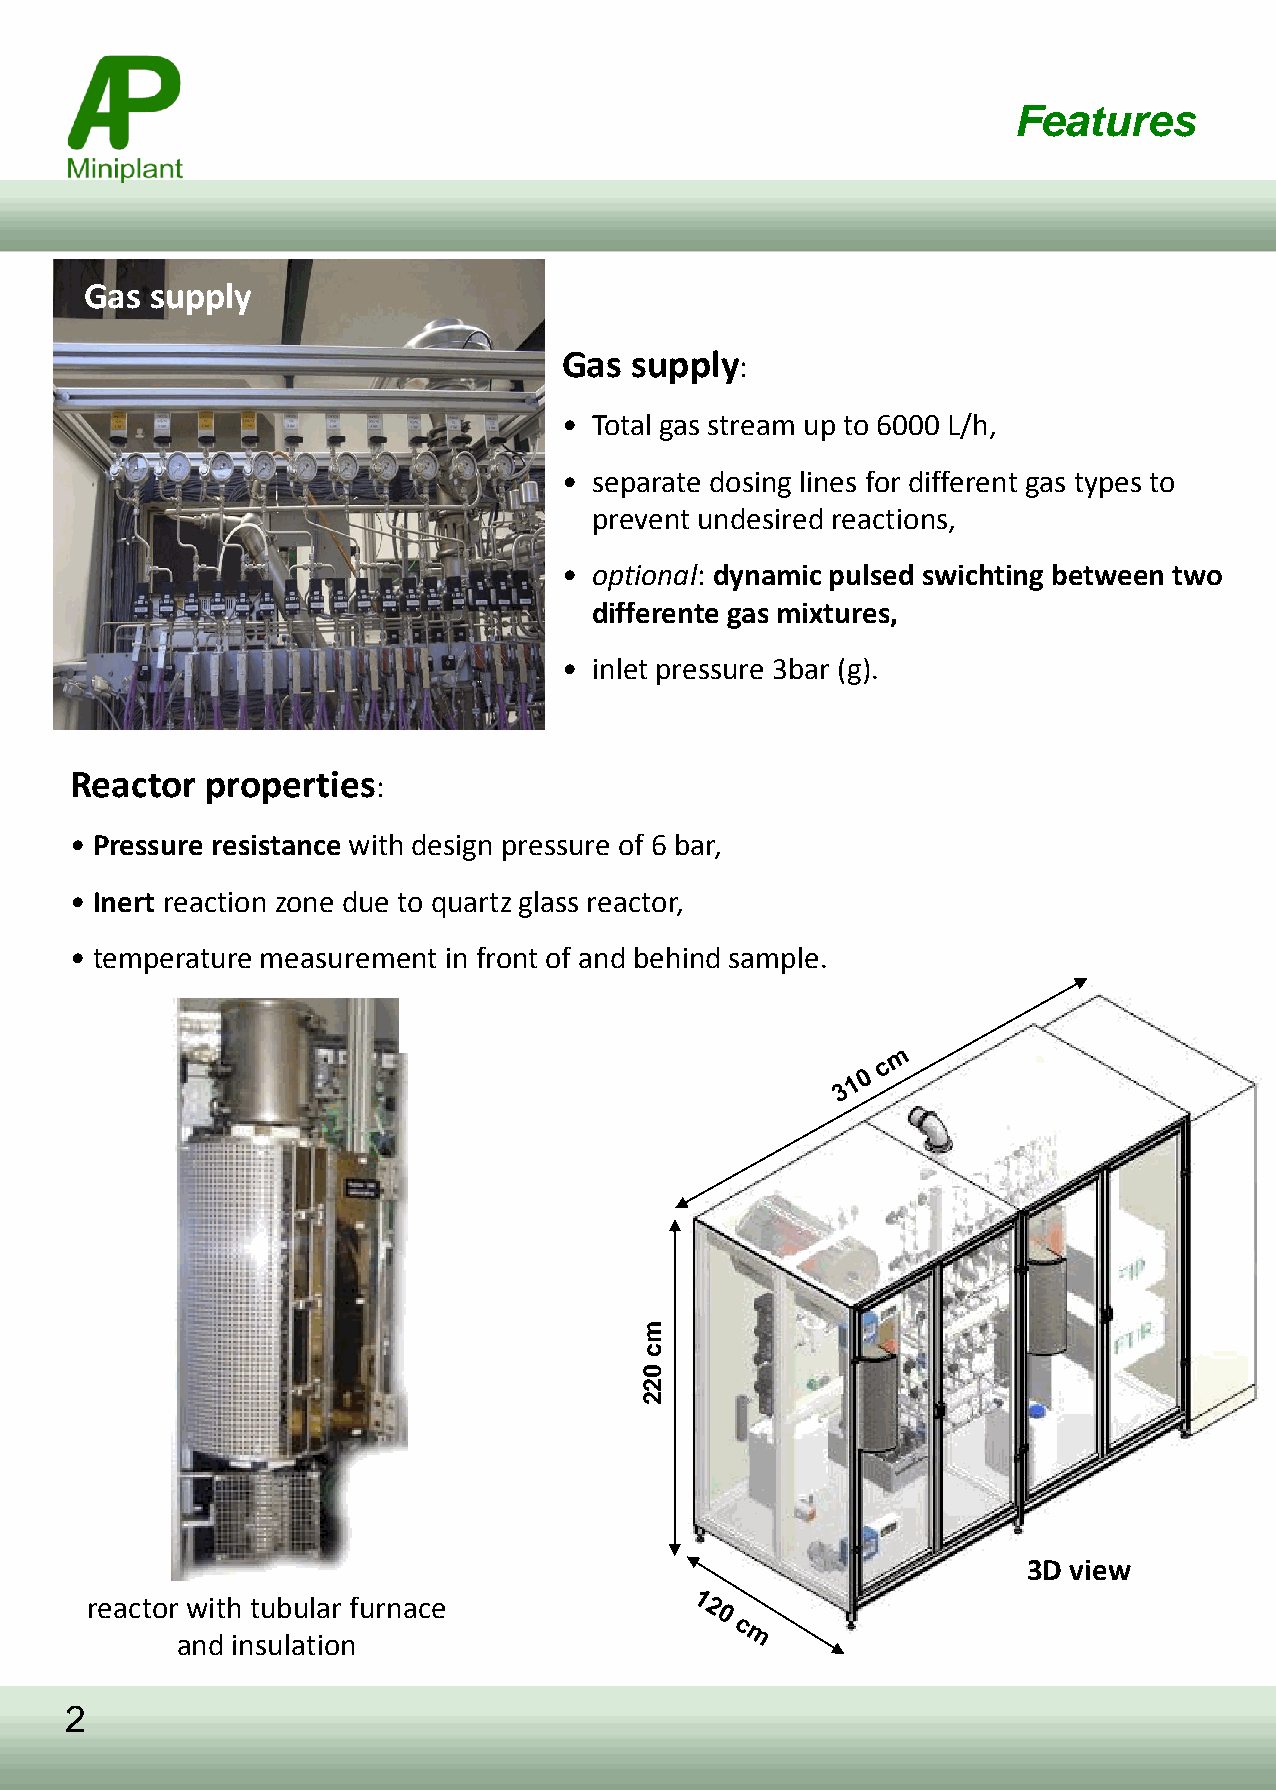
Features
 Gas supply
 Gas  supply:
 • Total gas stream up to 6000 L/h,
 • separate dosing lines for different gas types to
 prevent undesired reactions,
 • optional: dynamic pulsed swichting between two
 differente gas mixtures,
 • inlet pressure 3bar (g).
 Reactor  properties:
 • Pressure resistance with design pressure of 6 bar,
 • Inert reaction zone due to quartz glass reactor,
 • temperature measurement in front of and behind sample.
 m
 c
 0
 2
 2
 3D view
 reactor with tubular furnace
 and insulation
 2